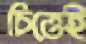
চিত্তেই